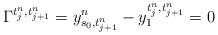
LaTeX: \begin{align*}\Gamma^{t_{j}^{n},t_{j+1}^{n}}=y_{s_{0},t_{j+1}^{n}}^{n}-y_{1}^{t_{j}^{n},t_{j+1}^{n}}=0 \end{align*}